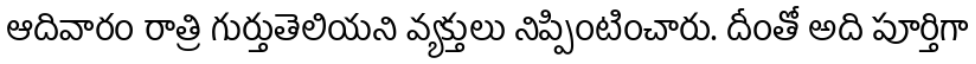
ఆదివారం రాత్రి గుర్తుతెలియని వ్యక్తులు నిప్పింటించారు. దీంతో అది పూర్తిగా